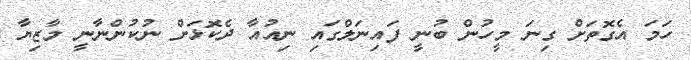
ހަމަ އެގޮތަށް ގިނަ މީހުން ބުނީ ފައިނަލްގައި ނިއުއާ ދެކޮޅަށް ނުކުންނާނީ މާޒިޔާ